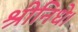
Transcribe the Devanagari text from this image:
श्रीनिधे।